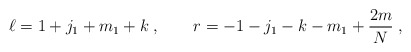
\begin{align*}\ell = 1+j_1+m_1+k\;, \qquad r=-1-j_1-k - m_1 + {2m\over N}\;,\end{align*}